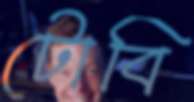
টোবি